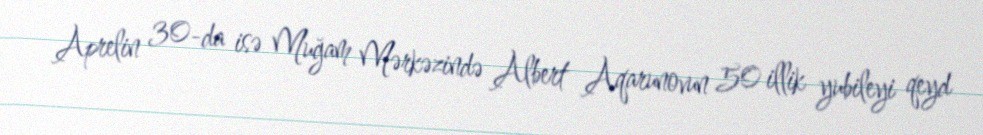
Aprelin 30-da isə Muğam Mərkəzində Albert Aqarunovun 50 illik yubileyi qeyd